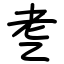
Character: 㐗